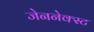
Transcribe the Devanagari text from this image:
जेननेक्स्ट